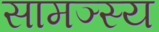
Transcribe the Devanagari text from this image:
सामञ्स्य